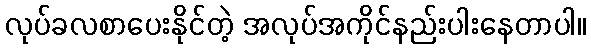
လုပ်ခလစာပေးနိုင်တဲ့ အလုပ်အကိုင်နည်းပါးနေတာပါ။